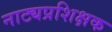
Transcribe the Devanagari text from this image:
नाट्यप्रशिक्षक